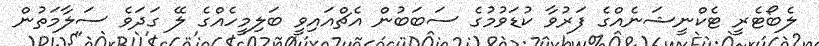
ލެބޯޓެރީ ޓެކްނީޝަނެއްގެ ފަރުވާ ކުޑަވުމުގެ ސަބަބުން އެޗްއައިވީ ބަލިމީހެއްގެ ލޭ ގަދަވެ ސަލާމަތުން